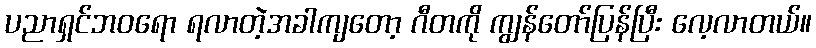
ပညာရှင်ဘဝရော ရလာတဲ့အခါကျတော့ ဂီတကို ကျွန်တော်ပြန်ပြီး လေ့လာတယ်။